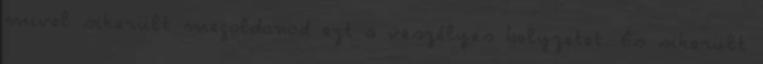
mivel sikerült megoldanod ezt a veszélyes helyzetet. És sikerült